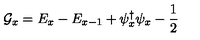
{ \cal G } _ { x } = E _ { x } - E _ { x - 1 } + \psi _ { x } ^ { \dag } \psi _ { x } - \frac { 1 } { 2 }